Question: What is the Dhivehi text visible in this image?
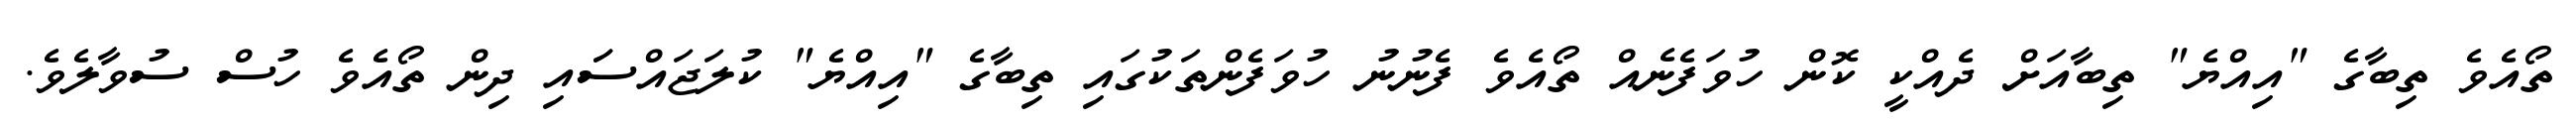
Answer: ތޯއެވެ ތިބާގެ "އިއްޔެ" ތިބާއަށް ދެއްކީ ކޮން ހުވަފެނެއް ތޯއެވެ ފެނުނު ހުވަފެންތަކުގައި ތިބާގެ "އިއްޔެ" ކުލަޖައްސަައި ދިން ތޯއެވެ ހުސް ސުވާލެވެ.